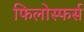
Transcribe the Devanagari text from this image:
फिलोस्फर्स